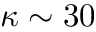
\kappa \sim 3 0